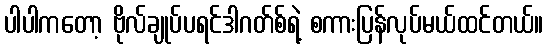
ပါပါကတော့ ဗိုလ်ချုပ်ပရင်ဒါဂတ်စ်ရဲ့ စကားပြန်လုပ်မယ်ထင်တယ်။